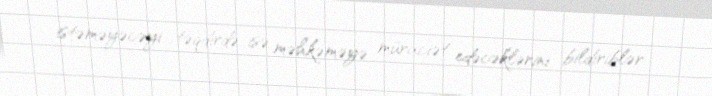
istəməyəcəyi təqdirdə isə məhkəməyə müraciət edəcəklərini bildiriblər.